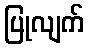
ပြုလျက်